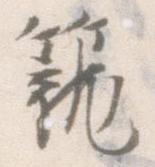
籠